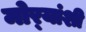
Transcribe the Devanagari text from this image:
मोर्‍यांशी